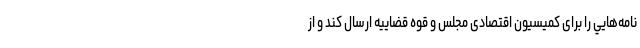
نامه‌هايي را برای كميسيون اقتصادی مجلس و قوه قضاييه ارسال كند و از